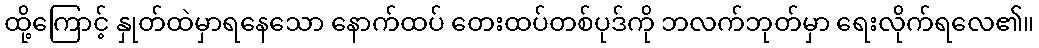
ထို့ကြောင့် နှုတ်ထဲမှာရနေသော နောက်ထပ် တေးထပ်တစ်ပုဒ်ကို ဘလက်ဘုတ်မှာ ရေးလိုက်ရလေ၏။